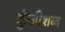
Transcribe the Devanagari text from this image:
कुंजीशब्द